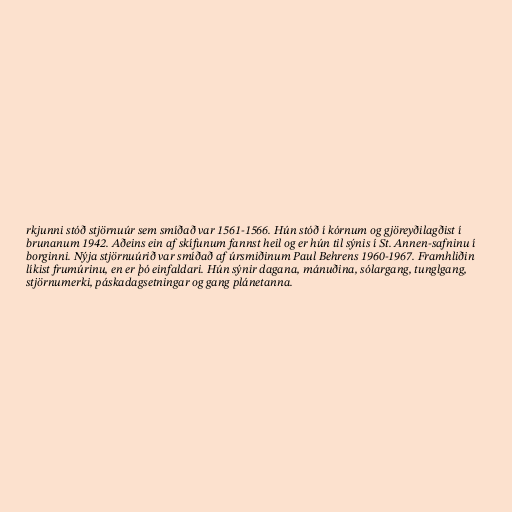
rkjunni stóð stjörnuúr sem smíðað var 1561-1566. Hún stóð í kórnum og gjöreyðilagðist í
brunanum 1942. Aðeins ein af skífunum fannst heil og er hún til sýnis í St. Annen-safninu í
borginni. Nýja stjörnuúrið var smíðað af úrsmiðinum Paul Behrens 1960-1967. Framhliðin
líkist frumúrinu, en er þó einfaldari. Hún sýnir dagana, mánuðina, sólargang, tunglgang,
stjörnumerki, páskadagsetningar og gang plánetanna.